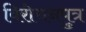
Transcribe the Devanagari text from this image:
विरोचनपुत्र